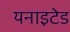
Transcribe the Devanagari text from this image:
यनाइटेड